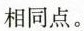
相同点。